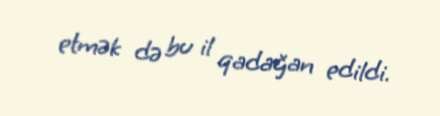
etmək də bu il qadağan edildi.